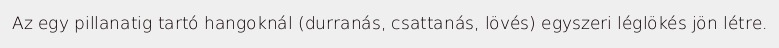
Az egy pillanatig tartó hangoknál (durranás, csattanás, lövés) egyszeri léglökés jön létre.